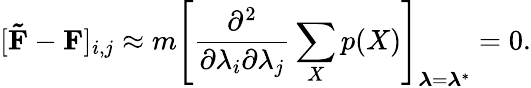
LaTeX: [\mathbf{\tilde{F}}-\mathbf{F}]_{i,j}\approx m\left[\frac{\partial^{2}}{\partial\lambda_{i}\partial\lambda_{j}}\sum_{X}p(X)\right]_{\boldsymbol{\lambda}=\boldsymbol{\lambda}^{*}}=0.